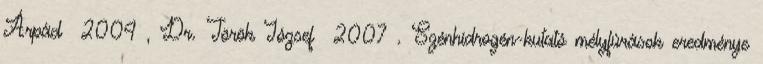
Árpád 2004 , Dr. Török József 2007 . Szénhidrogén-kutató mélyfúrások eredménye